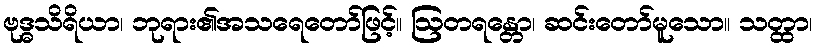
ဗုဒ္ဓသိရိယာ၊ ဘုရား၏အသရေတော်ဖြင့်။ ဩတရန္တော၊ ဆင်းတော်မူသော။ သတ္ထာ၊